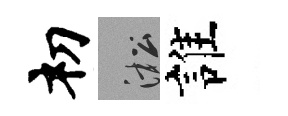
𥘉淞誰